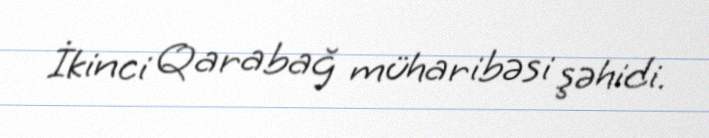
İkinci Qarabağ müharibəsi şəhidi.